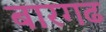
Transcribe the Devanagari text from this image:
बारगढ